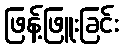
ဖြန့်ဖြူးခြင်း